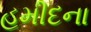
હમીદના